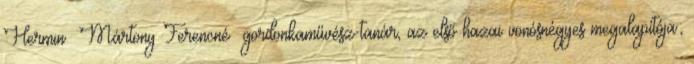
Hermin Mártony Ferencné gordonkaművész-tanár, az első hazai vonósnégyes megalapítója;